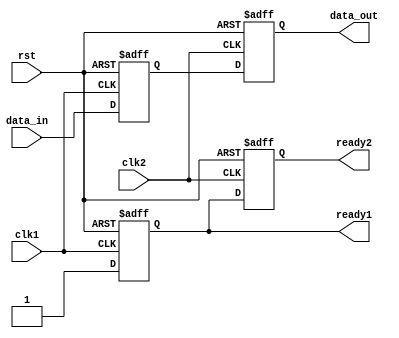
module Synchronizer (
    input wire clk1, // Clock signal for domain 1
    input wire clk2, // Clock signal for domain 2
    input wire rst, // Asynchronous reset signal
    input wire data_in, // Input data signal
    output reg data_out, // Output data signal
    output reg ready1, // Ready signal for domain 1
    output reg ready2 // Ready signal for domain 2
);

reg ff1;
reg ff2;

always @(posedge clk1 or posedge rst) begin
    if(rst) begin
        ff1 <= 1'b0;
        ready1 <= 1'b0;
    end else begin
        ff1 <= data_in;
        ready1 <= 1'b1;
    end
end

always @(posedge clk2 or posedge rst) begin
    if(rst) begin
        ff2 <= 1'b0;
        ready2 <= 1'b0;
    end else begin
        ff2 <= ff1;
        ready2 <= ready1;
    end
end

assign data_out = ff2;

endmodule